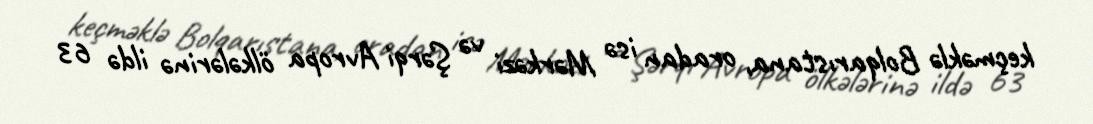
keçməklə Bolqarıstana, oradan isə Mərkəzi və Şərqi Avropa ölkələrinə ildə 63